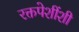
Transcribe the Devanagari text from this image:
रक्तपेशींशी